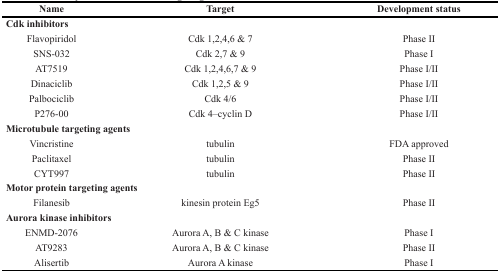
| Name | Target | Development status |
 | --- | --- | --- |
 | <COLSPAN=3> Cdk inhibitors |
 | Flavopiridol | Cdk 1,2,4,6 & 7 | Phase II |
 | SNS-032 | Cdk 2,7 & 9 | Phase I |
 | AT7519 | Cdk 1,2,4,6,7 & 9 | Phase I/II |
 | Dinaciclib | Cdk 1,2,5 & 9 | Phase I/II |
 | Palbociclib | Cdk 4/6 | Phase I/II |
 | P276-00 | Cdk 4–cyclin D | Phase I/II |
 | <COLSPAN=3> Microtubule targeting agents |
 | Vincristine | tubulin | FDA approved |
 | Paclitaxel | tubulin | Phase II |
 | CYT997 | tubulin | Phase II |
 | <COLSPAN=3> Motor protein targeting agents |
 | Filanesib | kinesin protein Eg5 | Phase II |
 | <COLSPAN=3> Aurora kinase inhibitors |
 | ENMD-2076 | Aurora A, B & C kinase | Phase I |
 | AT9283 | Aurora A, B & C kinase | Phase II |
 | Alisertib | Aurora A kinase | Phase I |